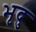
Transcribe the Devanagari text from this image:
भृदु